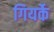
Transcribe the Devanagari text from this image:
गियर्के